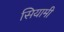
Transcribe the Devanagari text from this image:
सियामी